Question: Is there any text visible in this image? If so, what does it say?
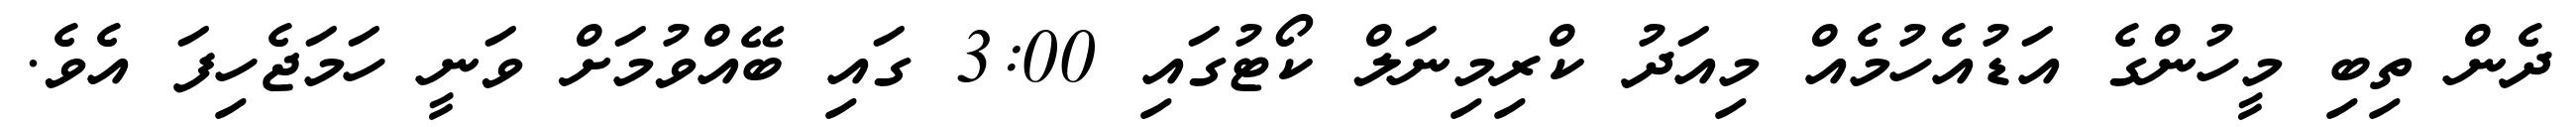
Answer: ދެން ތިބި މީހުންގެ އަޑުއެހުމެއް މިއަދު ކްރިމިނަލް ކޯޓުގައި 3:00 ގައި ބޭއްވުމަށް ވަނީ ހަމަޖެހިފަ އެވެ.